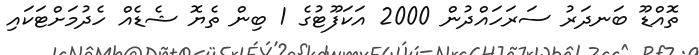
ތޮއްޑޫ ބަނދަރު ސަރަހައްދުން 2000 އަކަފޫޓުގެ 1 ބިން ތެޔޮ ޝެޑެއް ހެދުމަށްޓަކައި